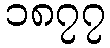
၁၈၇၇